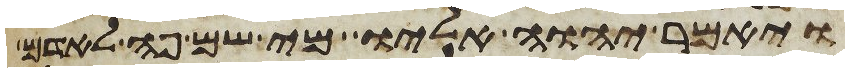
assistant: ויאמר יהוה אליו מי שם פה לאדם